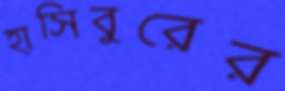
হাসিবুরের